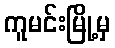
ကူမင်းမြို့မှ